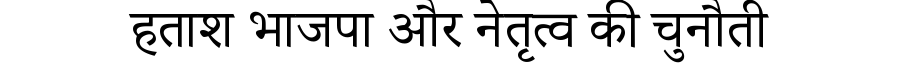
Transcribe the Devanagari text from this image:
हताश भाजपा और नेतृत्व की चुनौती